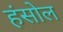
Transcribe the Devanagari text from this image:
हंसोल